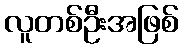
လူတစ်ဦးအဖြစ်